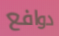
دوافع